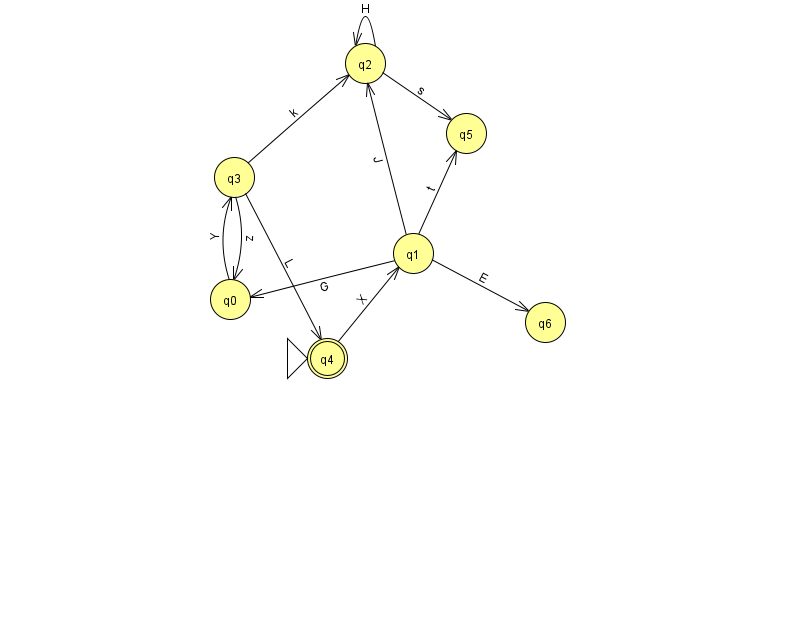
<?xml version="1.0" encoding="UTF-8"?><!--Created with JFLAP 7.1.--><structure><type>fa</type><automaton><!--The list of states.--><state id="0" name="q0"><x>230.0</x><y>286.0</y></state><state id="1" name="q1"><x>413.0</x><y>240.0</y></state><state id="2" name="q2"><x>365.0</x><y>50.0</y></state><state id="3" name="q3"><x>234.0</x><y>164.0</y></state><state id="4" name="q4"><x>327.0</x><y>345.0</y><initial/><final/></state><state id="5" name="q5"><x>466.0</x><y>120.0</y></state><state id="6" name="q6"><x>545.0</x><y>309.0</y></state><!--The list of transitions.--><transition><from>3</from><to>2</to><read>k</read></transition><transition><from>1</from><to>0</to><read>G</read></transition><transition><from>2</from><to>5</to><read>s</read></transition><transition><from>3</from><to>0</to><read>z</read></transition><transition><from>4</from><to>1</to><read>X</read></transition><transition><from>1</from><to>5</to><read>t</read></transition><transition><from>0</from><to>3</to><read>Y</read></transition><transition><from>2</from><to>2</to><read>H</read></transition><transition><from>1</from><to>2</to><read>J</read></transition><transition><from>3</from><to>4</to><read>L</read></transition><transition><from>1</from><to>6</to><read>E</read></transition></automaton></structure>